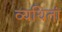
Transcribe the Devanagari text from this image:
व्यथितां